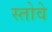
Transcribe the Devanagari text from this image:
स्तोवे